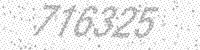
Solution: 716325